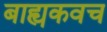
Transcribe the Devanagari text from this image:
बाह्यकवच